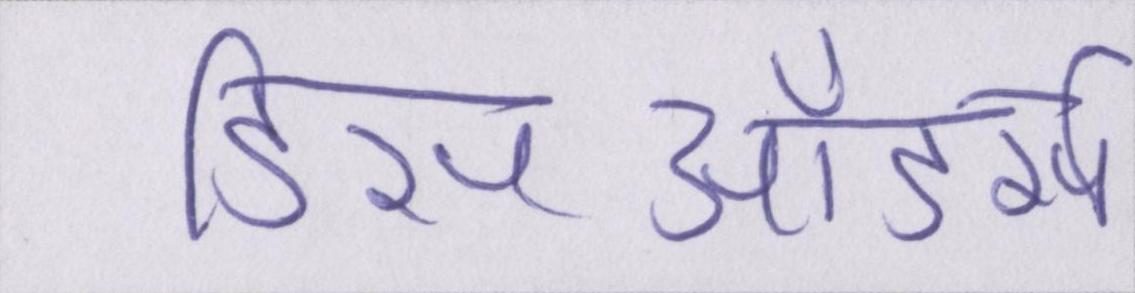
डिसऑडर्स